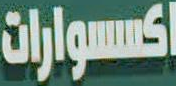
اكسسوارات